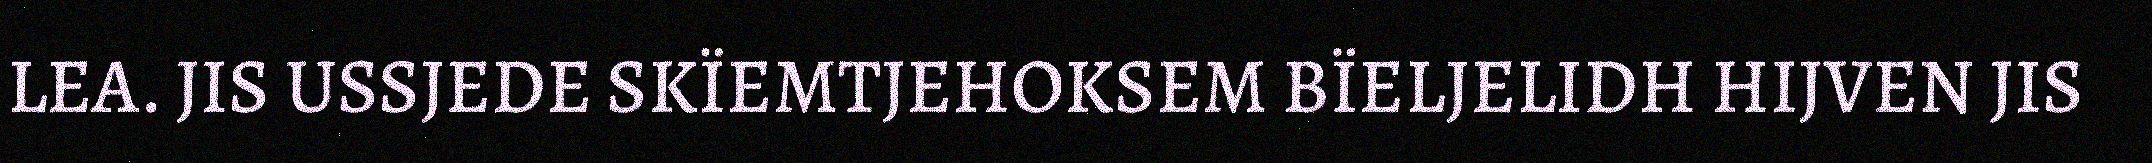
LEA. JIS USSJEDE SKÏEMTJEHOKSEM BÏELJELIDH HIJVEN JIS